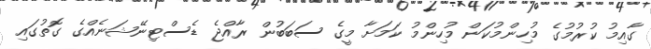
ގާއިމު ކުރުމުގެ މުހިންމުކަން މުހިންމު ކަމަށާ މީގެ ސަބަބުން ރާއްޖެ ޑެސްޓިނޭޝަނެއްގެ ގޮތުގައި